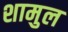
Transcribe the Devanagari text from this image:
शामुल